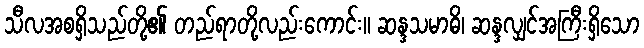
သီလအစရှိသည်တို့၏ တည်ရာတို့လည်းကောင်း။ ဆန္ဒသမာဓိ၊ ဆန္ဒလျှင်အကြီးရှိသော